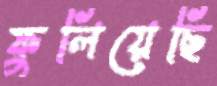
ফুলিয়েছি